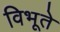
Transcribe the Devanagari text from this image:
विभूते